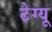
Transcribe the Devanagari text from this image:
टेग्यू